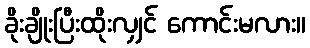
ခိုးချိုးပြီးထိုးလျှင် ကောင်းမလား။